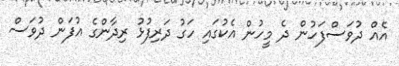
އެއް ދުވަސްފަހުން ދެ މީހުން އެކުގައި ހަގު ދަރިފުޅު ރިދާންގެ އުފަން ދުވަސް